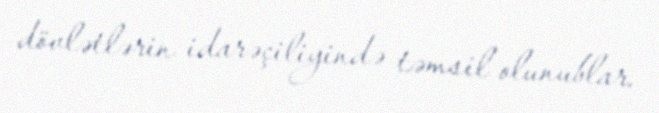
dövlətlərin idarəçiliyində təmsil olunublar.